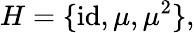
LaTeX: H=\{ {\mathrm{id}},\mu,\mu^{2}\} ,